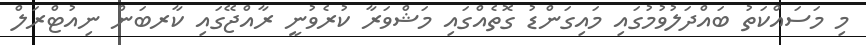
މި މަސައްކަތު ބައްދަލުވުމުގައި މައިގަންޑު ގޮތެއްގައި މަޝްވަރާ ކުރެވުނީ ރާއްޖޭގައި ކާރބަން ނިއުޓްރަލް